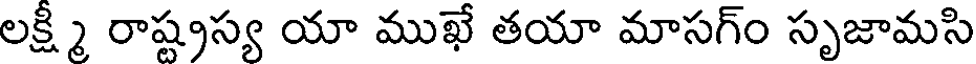
లక్ష్మి రాష్ట్రస్య యా ముఖే తయా మాసగ్ం సృజామసి